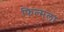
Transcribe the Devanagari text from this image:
फिल्मला